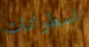
اسطوانات